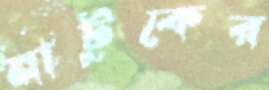
নাটুকের